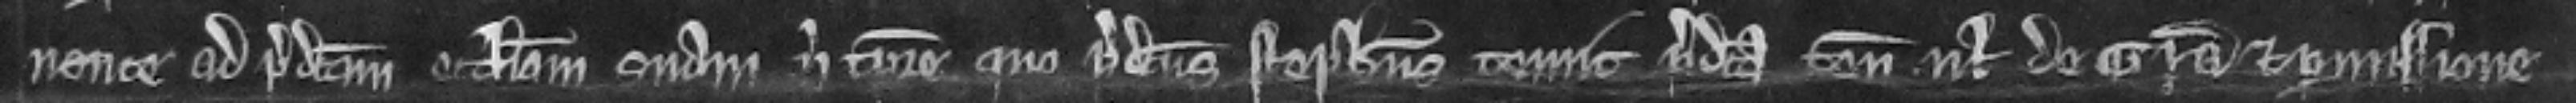
nente ad predictam ecclesiam suam nisi tempore quo predictus Stephanus tenuit predicta tenementa uel de Gracia et permissione